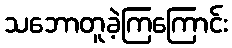
သဘောတူခဲ့ကြကြောင်း